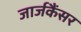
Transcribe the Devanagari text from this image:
जार्जकैंसर